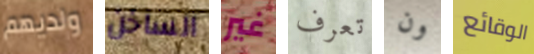
ولديهم الساخن غير تعرف ون الوقائع